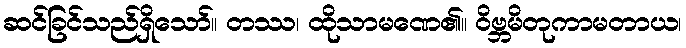
ဆင်ခြင်သည်ရှိသော်။ တဿ၊ ထိုသာမဏေ၏။ ဝိဗ္ဘမိတုကာမတာယ၊